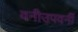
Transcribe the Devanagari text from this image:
वनीउपवनीं